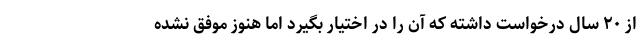
از ٢٠ سال درخواست داشته که آن را در اختیار بگیرد اما هنوز موفق نشده